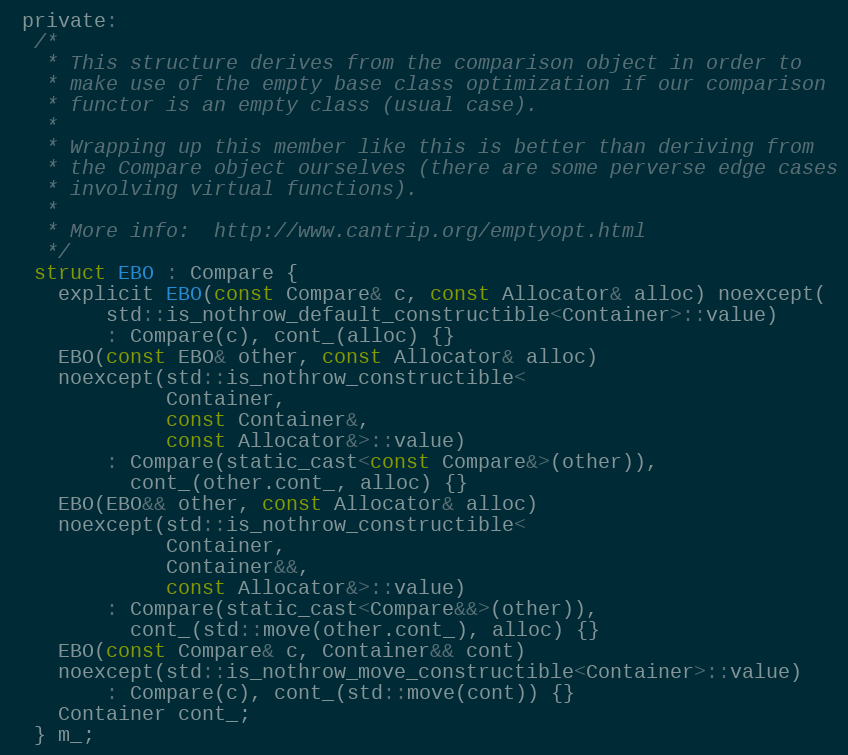
Language: C
 private:
  /*
   * This structure derives from the comparison object in order to
   * make use of the empty base class optimization if our comparison
   * functor is an empty class (usual case).
   *
   * Wrapping up this member like this is better than deriving from
   * the Compare object ourselves (there are some perverse edge cases
   * involving virtual functions).
   *
   * More info:  http://www.cantrip.org/emptyopt.html
   */
  struct EBO : Compare {
    explicit EBO(const Compare& c, const Allocator& alloc) noexcept(
        std::is_nothrow_default_constructible<Container>::value)
        : Compare(c), cont_(alloc) {}
    EBO(const EBO& other, const Allocator& alloc)
    noexcept(std::is_nothrow_constructible<
             Container,
             const Container&,
             const Allocator&>::value)
        : Compare(static_cast<const Compare&>(other)),
          cont_(other.cont_, alloc) {}
    EBO(EBO&& other, const Allocator& alloc)
    noexcept(std::is_nothrow_constructible<
             Container,
             Container&&,
             const Allocator&>::value)
        : Compare(static_cast<Compare&&>(other)),
          cont_(std::move(other.cont_), alloc) {}
    EBO(const Compare& c, Container&& cont)
    noexcept(std::is_nothrow_move_constructible<Container>::value)
        : Compare(c), cont_(std::move(cont)) {}
    Container cont_;
  } m_;